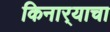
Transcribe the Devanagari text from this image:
किनार्‍याचा